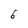
Character: 6